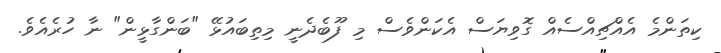
ކިތަންމެ އެއްޗިއްސެއް ގޮވިޔަސް އެކަންވެސް މި ފޫބެދެނީ މިތިބައުޅޭ "ބަންގާޅީން" ނާ ހުރެއެވެ.